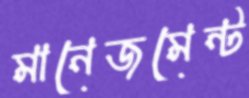
মানেজমেন্ট